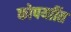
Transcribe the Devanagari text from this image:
कोपर्याीत